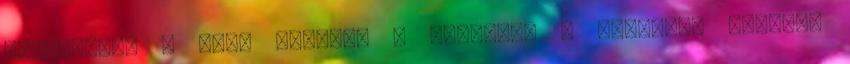
közlekedés , szűz családi , nyaralás , anya-fia családi